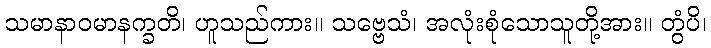
သမာနာဝမာနက္ခတိ၊ ဟူသည်ကား။ သဗ္ဗေသံ၊ အလုံးစုံသောသူတို့အား။ တွံပိ၊